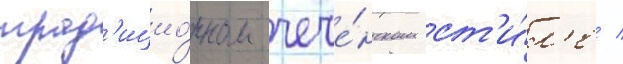
трад'ицио́нном чече́нском ст'и́л'е /